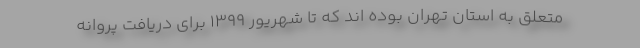
متعلق به استان تهران بوده اند که تا شهریور ۱۳۹۹ برای دریافت پروانه